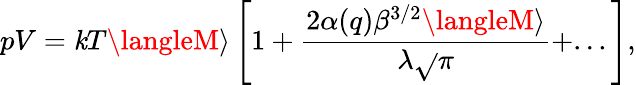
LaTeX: pV=\mathit{k}T\langleM\rangle\left[1+\frac{{2\alpha(q)\beta^{3/2}\langleM\rangle}}{{\lambda\sqrt{}{{\pi}}}}+...\right],